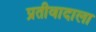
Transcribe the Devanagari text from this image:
प्रतीवादाला